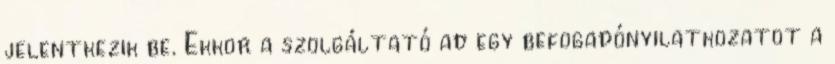
jelentkezik be. Ekkor a szolgáltató ad egy befogadónyilatkozatot a